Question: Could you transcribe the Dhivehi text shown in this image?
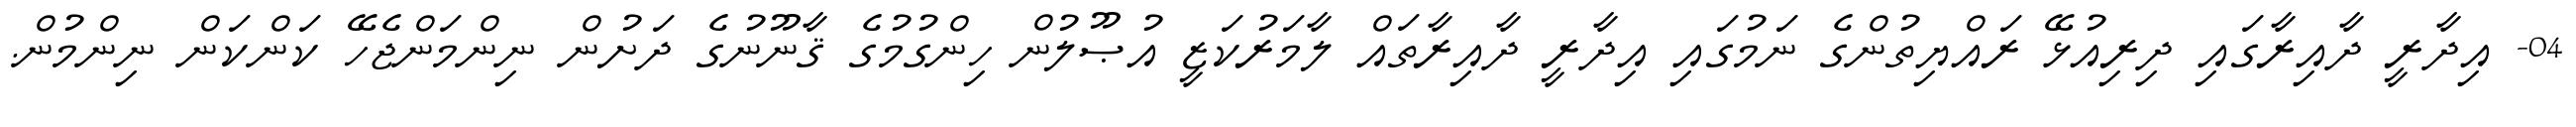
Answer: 04- އިދާރީ ދާއިރާގައި ދިރިއުޅޭ ރައްޔިތުންގެ ނަމުގައި އިދާރީ ދާއިރާތައް ލާމަރުކަޒީ އުޞޫލުން ހިންގުމުގެ ޤާނޫނުގެ ދަށުން ނިންމަންޖެހޭ ކަންކަން ނިންމުން.